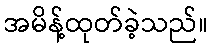
အမိန့်ထုတ်ခဲ့သည်။